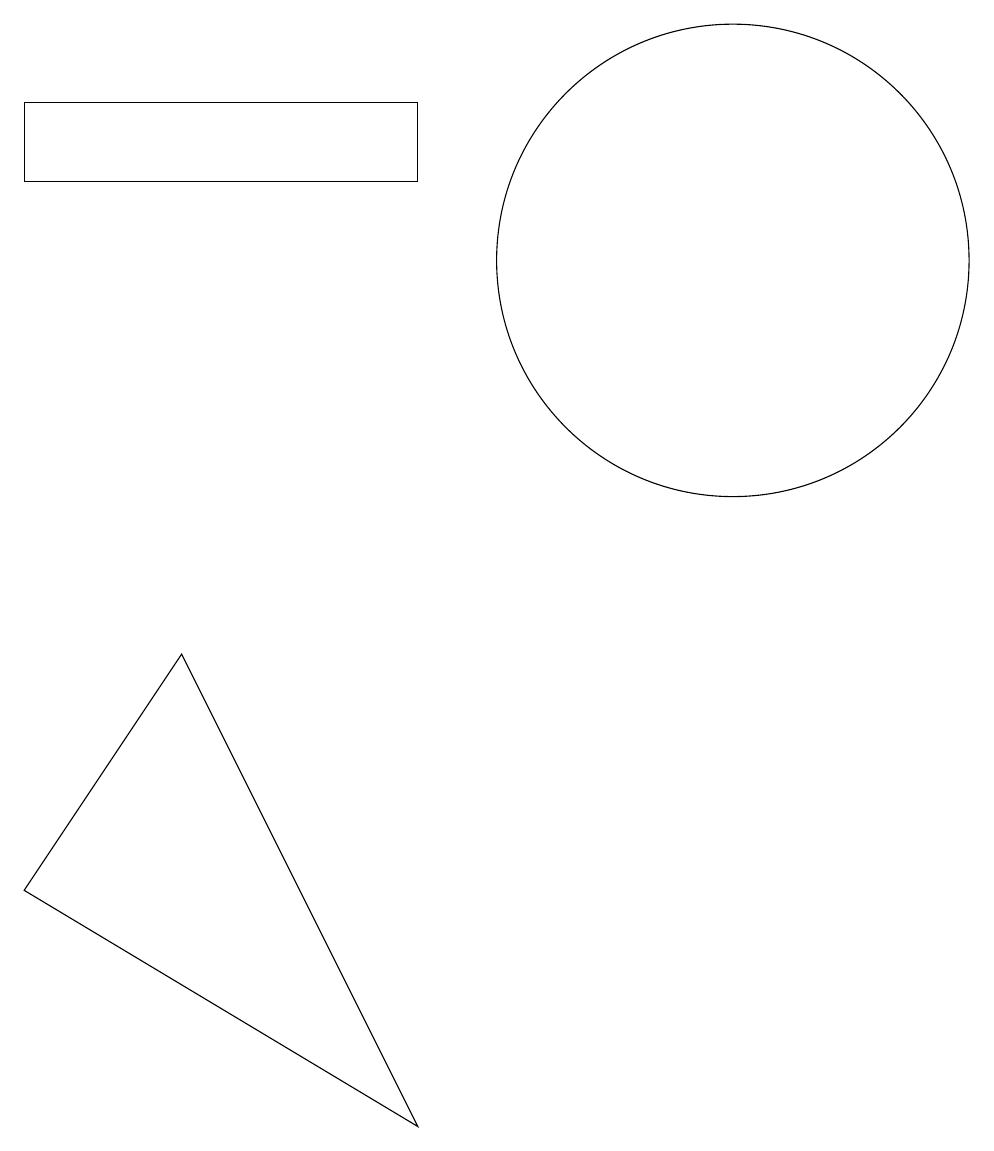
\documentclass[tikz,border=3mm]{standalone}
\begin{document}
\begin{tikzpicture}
\draw (8,1) -- (5,7) -- (3,4) -- cycle;
\draw (8,14) rectangle (3,13);
\draw (12,12) circle (3);
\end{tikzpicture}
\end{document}